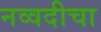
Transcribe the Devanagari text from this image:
नव्वदीचा